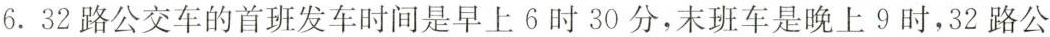
6.32路公交车的首班发车时间是早上6时30分，末班车是晚上9时，32路公